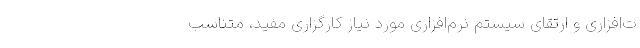
ت‌افزاری و ارتقای سیستم نرم‌افزاری مورد نیاز کارگزاری مفید، متناسب